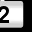
Digit: 2